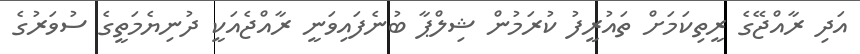
އަދި ރާއްޖޭގެ ރީތިކަމަށް ތައުރީފު ކުރަމުން ޝިލްޕާ ބުނެފައިވަނީ ރާއްޖެއަކީ ދުނިޔެމަތީގެ ސުވަރުގެ